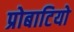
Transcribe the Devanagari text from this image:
प्रोबाटियो